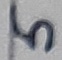
Text: 5